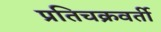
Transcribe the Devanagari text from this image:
प्रतिचक्रवर्ती